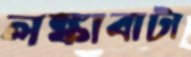
লঙ্কাবাটা